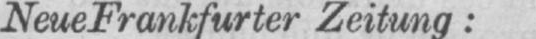
Neue Frankfurter Zeitung: